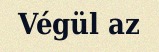
Végül az